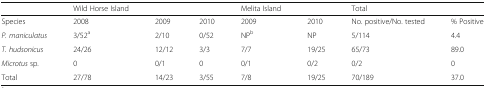
|  | Wild Horse Island |  |  | Melita Island |  | Total |  |
 | --- | --- | --- | --- | --- | --- | --- | --- |
 | Species | 2008 | 2009 | 2010 | 2009 | 2010 | No. positive/No. tested | % Positive |
 | P. maniculatus | 3/52a | 2/10 | 0/52 | NPb | NP | 5/114 | 4.4 |
 | T. hudsonicus | 24/26 | 12/12 | 3/3 | 7/7 | 19/25 | 65/73 | 89.0 |
 | Microtus sp. | 0 | 0/1 | 0 | 0/1 | 0/2 | 0/2 | 0 |
 | Total | 27/78 | 14/23 | 3/55 | 7/8 | 19/25 | 70/189 | 37.0 |